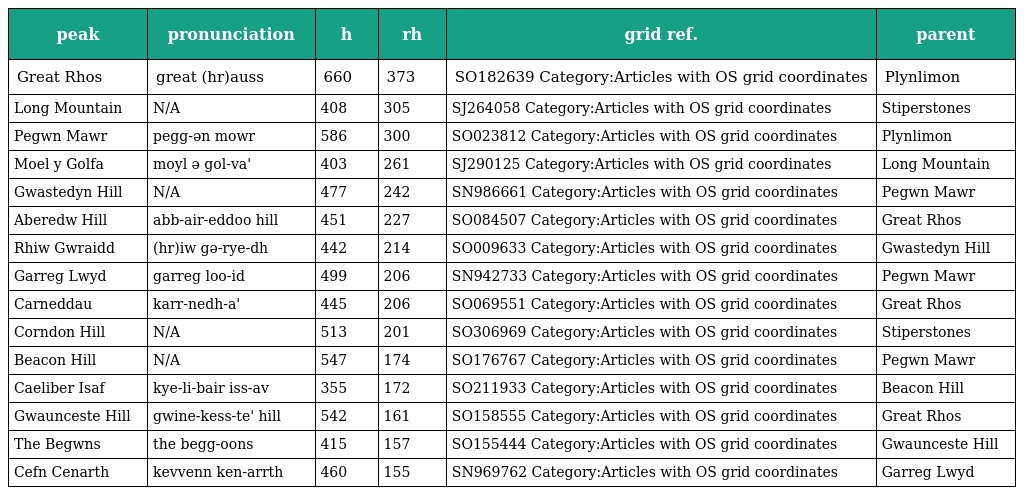
| peak | pronunciation | h | rh | grid ref. | parent |
 | --- | --- | --- | --- | --- | --- |
 | Great Rhos | great (hr)auss | 660 | 373 | SO182639 Category:Articles with OS grid coordinates | Plynlimon |
 | Long Mountain | N/A | 408 | 305 | SJ264058 Category:Articles with OS grid coordinates | Stiperstones |
 | Pegwn Mawr | pegg-ən mowr | 586 | 300 | SO023812 Category:Articles with OS grid coordinates | Plynlimon |
 | Moel y Golfa | moyl ə gol-va' | 403 | 261 | SJ290125 Category:Articles with OS grid coordinates | Long Mountain |
 | Gwastedyn Hill | N/A | 477 | 242 | SN986661 Category:Articles with OS grid coordinates | Pegwn Mawr |
 | Aberedw Hill | abb-air-eddoo hill | 451 | 227 | SO084507 Category:Articles with OS grid coordinates | Great Rhos |
 | Rhiw Gwraidd | (hr)iw gə-rye-dh | 442 | 214 | SO009633 Category:Articles with OS grid coordinates | Gwastedyn Hill |
 | Garreg Lwyd | garreg loo-id | 499 | 206 | SN942733 Category:Articles with OS grid coordinates | Pegwn Mawr |
 | Carneddau | karr-nedh-a' | 445 | 206 | SO069551 Category:Articles with OS grid coordinates | Great Rhos |
 | Corndon Hill | N/A | 513 | 201 | SO306969 Category:Articles with OS grid coordinates | Stiperstones |
 | Beacon Hill | N/A | 547 | 174 | SO176767 Category:Articles with OS grid coordinates | Pegwn Mawr |
 | Caeliber Isaf | kye-li-bair iss-av | 355 | 172 | SO211933 Category:Articles with OS grid coordinates | Beacon Hill |
 | Gwaunceste Hill | gwine-kess-te' hill | 542 | 161 | SO158555 Category:Articles with OS grid coordinates | Great Rhos |
 | The Begwns | the begg-oons | 415 | 157 | SO155444 Category:Articles with OS grid coordinates | Gwaunceste Hill |
 | Cefn Cenarth | kevvenn ken-arrth | 460 | 155 | SN969762 Category:Articles with OS grid coordinates | Garreg Lwyd |